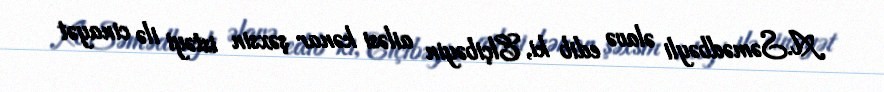
A.Səmədbəyli əlavə edib ki, Elçibəyin ailəsi kənar şəxsin istəyi ilə cinayət